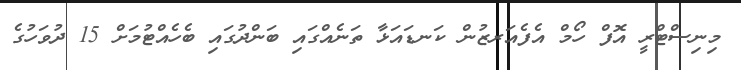
މިނިސްޓްރީ އޮފް ހޯމް އެފެއަރޒުން ކަނޑައަޅާ ތަނެއްގައި ބަންދުގައި ބެހެއްޓުމަށް 15 ދުވަހުގެ